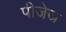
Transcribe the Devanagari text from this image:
पीजेज